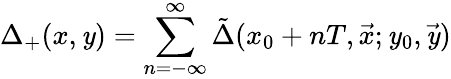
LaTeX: \Delta_{+}(x,\mathit{y})=\sum_{n=-\infty}^{\infty}\tilde{{\Delta}}(x_{0}+nT,\vec{{x}};\mathit{y}_{0},\vec{{\mathit{y}}})